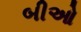
બીઓ